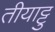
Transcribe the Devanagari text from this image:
तीयाट्टु